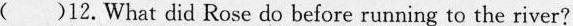
()12. What did Rose do before running to the river?